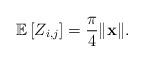
LaTeX: \begin{align*} \mathbb{E}\left[Z_{ i,j}\right] = \frac{\pi}{4} \|\mathbf{x}\|. \end{align*}